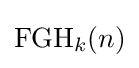
\operatorname {FGH} _{k}(n)